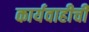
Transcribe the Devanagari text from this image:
कार्यवाहीची